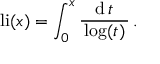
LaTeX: \operatorname { l i } ( x ) = \int _ { 0 } ^ { x } { \frac { \operatorname { d } t } { \, \log ( t ) \, } } \, .